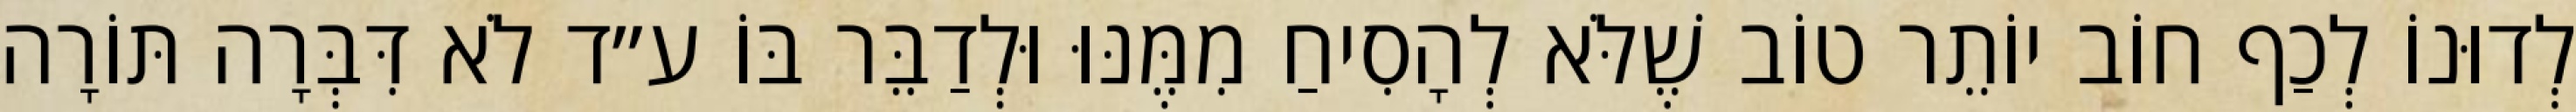
לְדוּנוֹ לְכַף חוֹב יוֹתֵר טוֹב שֶׁלֹּא לְהָסִיחַ מִמֶּנּוּ וּלְדַבֵּר בּוֹ ע״ד לֹא דִּבְּרָה תּוֹרָה